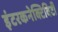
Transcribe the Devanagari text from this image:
इंटरकनेक्टिविटी